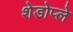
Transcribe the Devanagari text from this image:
शेडोप्ले